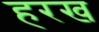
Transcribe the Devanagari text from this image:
हरख